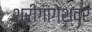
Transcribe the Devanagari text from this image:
श्रीगांगेश्वर